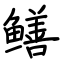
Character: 鳝